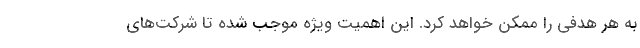
به هر هدفی را ممکن خواهد کرد. این اهمیت ویژه موجب شده تا شرکت‌های